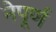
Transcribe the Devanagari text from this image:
नेपूर्ण